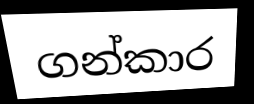
ගන්කාර